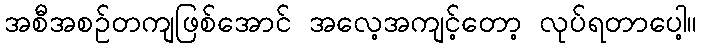
အစီအစဉ်တကျဖြစ်အောင် အလေ့အကျင့်တော့ လုပ်ရတာပေါ့။